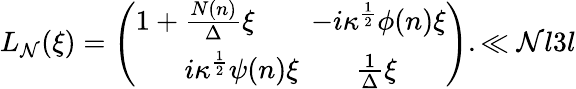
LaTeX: {L}_{\mathcal{N}}(\xi)=\left(\begin{array}{c}{{{1+{\frac{N(n)}{\Delta}}\xi}\qquad{-i\kappa^{\frac{1}{2}}\phi(n)\xi}}}\\ {{{i\kappa^{\frac{1}{2}}\psi(n)\xi}\qquad{{\frac{1}{\Delta}}\xi}}}\end{array}\right).\ll{\mathcal{N}l3l}